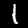
Label: 1